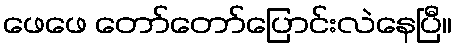
ဖေဖေ တော်တော်ပြောင်းလဲနေပြီ။